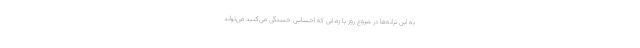
به این ترانه‌ها در شروع روز یا زمانی که احساس خستگی می‌کنید می‌تواند